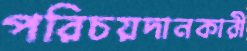
পরিচয়দানকারী